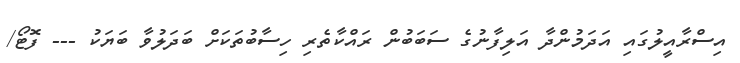
އިސްރާއީލުގައި އަދަމުންދާ އަލިފާނުގެ ސަބަބުން ރައްކާތެރި ހިސާބުތަކަށް ބަދަލުވާ ބަޔަކު --- ފޮޓޯ/